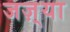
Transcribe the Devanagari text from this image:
जज़्या